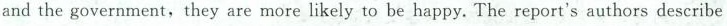
and the government, they are more likely to be happy. The report's authors describe